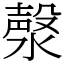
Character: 漀